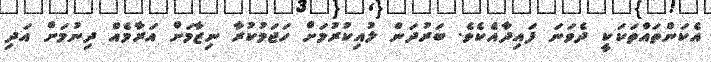
އެކަންތައްތަކަކީ ދެވަނަ ފައިދާއެކެވެ. ބަރުދަން ލުއިކުރުމަށް ހަޖަމުކުރާ ނިޒާމަށް އަރާމެއް ދިނުމަށް އަދި